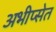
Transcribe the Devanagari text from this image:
अभीप्सेत